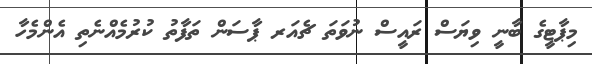
މިޕާޓީގެ ބާނީ ވިޔަސް ރައީސް ނުވަތަ ޗެއަރ ޕާސަން ތަފާތު ކުރުމެއްނެތި އެންމެހާ